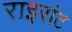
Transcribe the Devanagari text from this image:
राइरांट